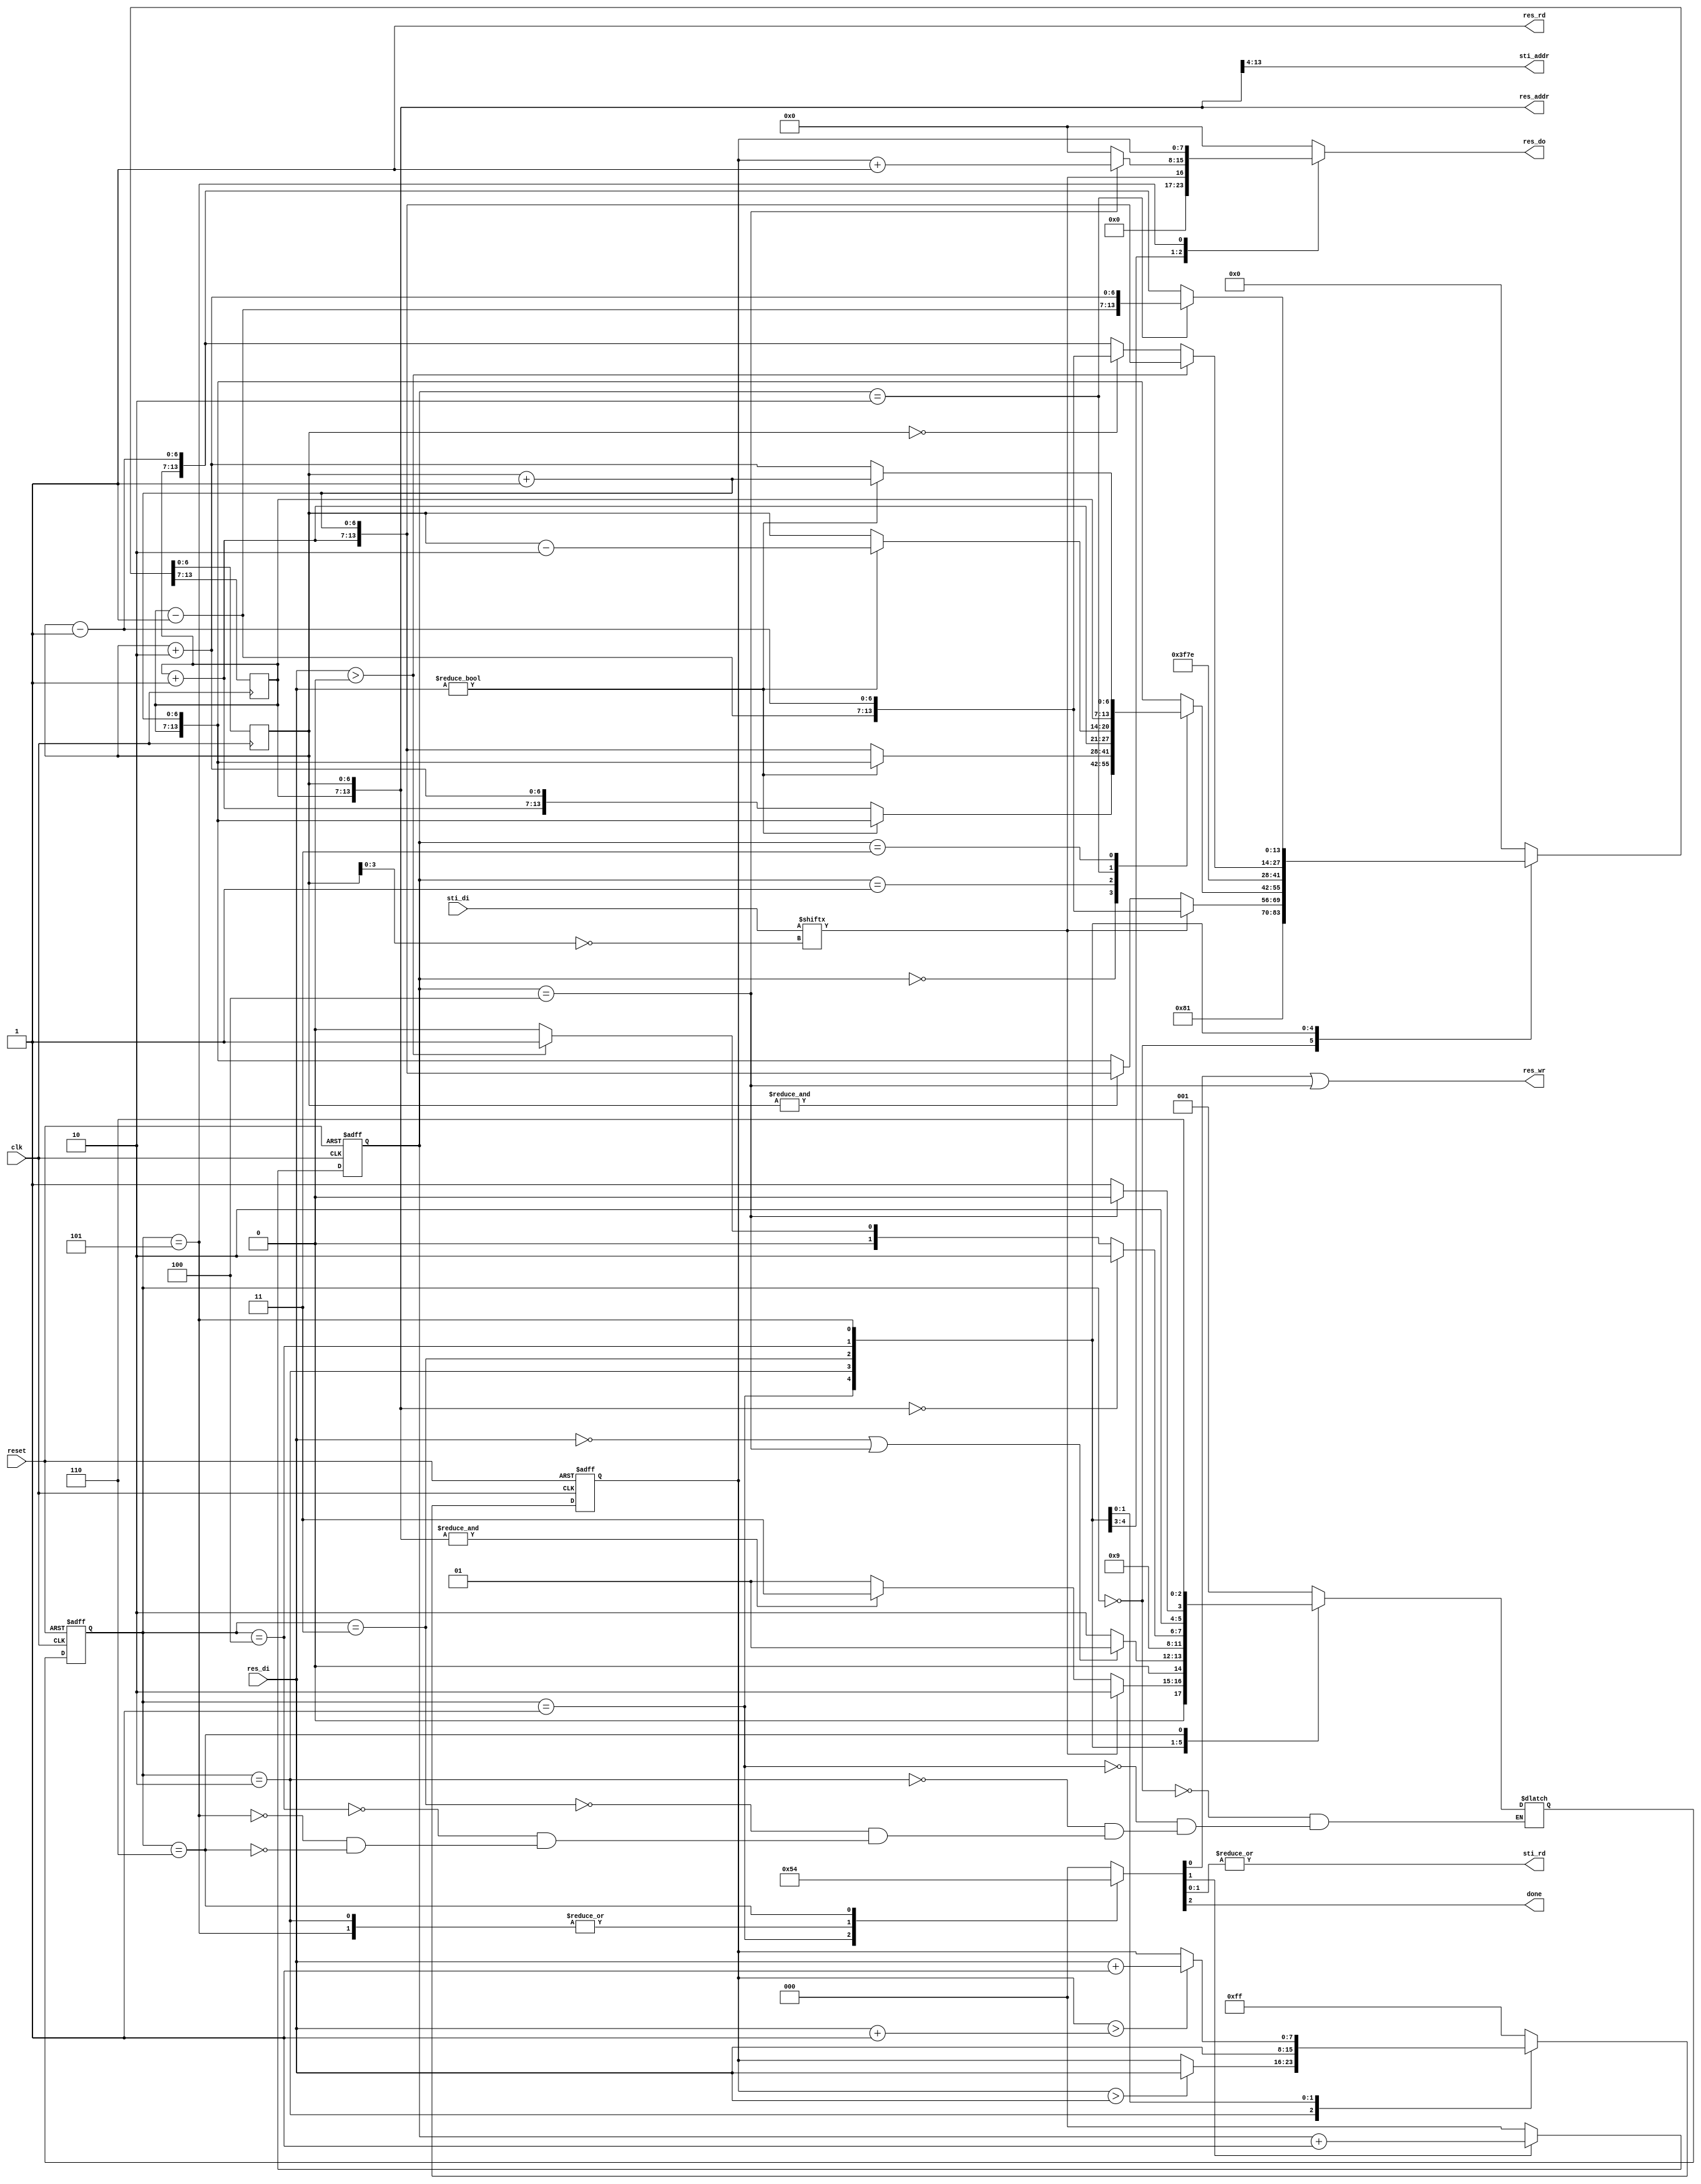
module DT(
input 			clk, 
input			reset,
output			done ,
output			sti_rd ,
output	 	[9:0]	sti_addr ,
input		[15:0]	sti_di,
output			res_wr ,
output			res_rd ,
output	 	[13:0]	res_addr ,
output	reg 	[7:0]	res_do,
input		[7:0]	res_di
);

reg [2:0] status, next_status;
reg [2:0] work;
reg [2:0] count;
reg [7:0] data;
reg [6:0] x,y;

wire [6:0] a1 = y + 1'd1;
wire [6:0] a2 = y - 1'd1;
wire [6:0] a3 = x + 1'd1;
wire [6:0] a4 = x - 1'd1;
wire [6:0] a5 = x + 2'd2;
wire [6:0] a6 = x - 2'd2;

assign sti_rd = |work[1:0];
assign res_wr = work[0] | (count == 4) ;
assign res_rd = 1'b1;
assign done = work[2];

assign sti_addr = {y, x} >> 4;
assign res_addr = {y, x};
//======================================================= status
always @(posedge clk, negedge reset) begin
	if(!reset) status <= 0;
	else 	  status <= next_status;
end

always @(*) begin
	case(status)
		0: next_status = 1;
		1:begin
			if(sti_di[~x[3:0]] == 1)
				next_status = 2;
			else if(&{y, x})
				next_status = 3;
			else 
				next_status = 1;
		end
		2:begin
			if(!res_di | count == 4) 
				next_status = 1;
			else	   
				next_status = 2;
		end
		3:	next_status = 4;
		4:begin
			if(!{y, x})
				next_status = 6;
			else if(res_di > 0)
				next_status = 5;
			else
				next_status = 4;
		end
		5:begin
			if(count == 4)
				next_status = 4;
			else
				next_status = 5;
		end
		6:	next_status = 6;
		default:begin
			
		end
	endcase
end

always @(*) begin
	case(status)
		1:	work = 3'b001;
		2:	work = 3'b010;
		5:	work = 3'b010;
		6:	work = 3'b100;
		default:work = 3'b000;
	endcase
end
//======================================================= count
always @(posedge clk, negedge reset) begin
	if(!reset)begin
		count <= 3'b0;
	end
	else begin
		if(work[1]) count <= count + 3'd1;
		else count <= 3'b0;
	end
end
//======================================================= x, y
always @(posedge clk) begin
	case(status)
		0:begin
			{y, x} <= {7'b1, 7'b1};
		end
		1:begin
			if(sti_di[~x[3:0]])
				{y, x} <= {a2, a4};
			else begin
				if(&x) {y, x} <= {a1, a3};
				else   {y, x} <= {y, a3};
			end
		end
		2:begin
			case(count)
				0:begin
					if(res_di)
						{y, x} <= {y, a3};
					else
						{y, x} <= {a1, a5};
				end
				1:begin
					if(res_di)
						{y, x} <= {y, a3};
					else
						{y, x} <= {a1, a3};
				end
				2:begin
					if(res_di)
						{y, x} <= {a1, a6};
					else
						{y, x} <= {a1, x};
				end
				3:begin
					if(res_di)
						{y, x} <= {y, a3};
					else
						{y, x} <= {y, a5};
				end
				default:begin
					{y, x} <= {y, a3};
				end
			endcase
		end
		3: {y, x} <= ~{7'b1, 7'b1};
		4:begin
			if(res_di > 0)
				{y, x} <= {a1, a3};
			else begin
				if(!x)  {y, x} <= {a2, a4};
				else	{y, x} <= {y, a4};
			end
		end
		5:begin
			if(count == 2)
				{y, x} <= {a2, a5};
			else 
				{y, x} <= {y, a4}; 
		end
		default: {y, x} <= {7'b0, 7'b0};
	endcase
end
//======================================================= res_do
always @(*) begin
	case(status)
		1:	res_do = sti_di[~res_addr[3:0]];
		2:begin
			if(count == 4)	res_do = data + 8'd1; 
			else res_do = 8'd0;
		end
		5:	res_do = data; 
		default:res_do = 8'h0;
	endcase
end
//======================================================= data
always @(posedge clk, negedge reset) begin
	if(!reset)begin
		data <= 8'hff;
	end
	else begin
		case(status)
			2:begin
				if(data > res_di)
					data <= res_di;
				else 
					data <= data;
			end
			4:	data <= res_di;
			5:begin
				if(data > res_di + 1)
					data <= res_di + 8'd1;
				else 
					data <= data;
			end
			default:data <= 8'hff;
		endcase
	end
end
endmodule